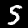
Label: 5